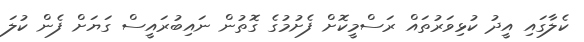
ކެލާގައި އީދު ކުޅިވަރުތައް ރަސްމީކޮށް ފެށުމުގެ ގޮތުން ނައިބުރައީސް ގަޔަށް ފެން ކުލަ